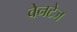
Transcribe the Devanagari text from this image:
वेनटेज